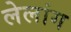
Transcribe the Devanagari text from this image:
लेलांग